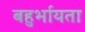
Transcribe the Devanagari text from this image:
बहुर्भायता